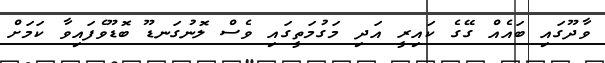
ވާދޫގައި ބައެއް ގޭގެ ކައިރީ އަދި މަގުމަތީގައި ވެސް ލޮނުގަނޑޫ ބޮޑޫވެފައިވާ ކަމަށް